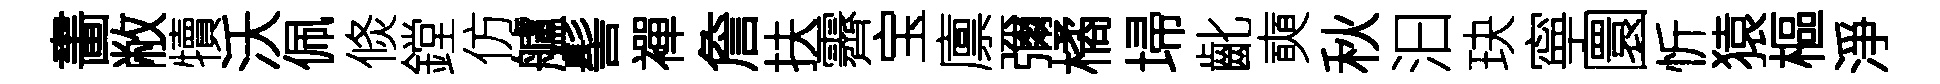
畵敝犢沃佩倐鏜仿艫髻襌詹扶霽宝廪彌橘埽齔奭秋汩玦寧圜忻猿樞淨